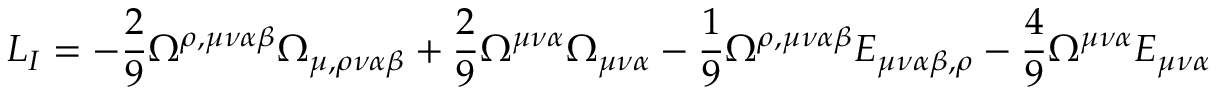
{ \cal L } _ { I } = - \frac { 2 } { 9 } \Omega ^ { \rho , \mu \nu \alpha \beta } \Omega _ { \mu , \rho \nu \alpha \beta } + \frac { 2 } { 9 } \Omega ^ { \mu \nu \alpha } \Omega _ { \mu \nu \alpha } - \frac { 1 } { 9 } \Omega ^ { \rho , \mu \nu \alpha \beta } E _ { \mu \nu \alpha \beta , \rho } - \frac { 4 } { 9 } \Omega ^ { \mu \nu \alpha } E _ { \mu \nu \alpha }